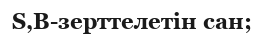
S,B-зерттелетін сан;